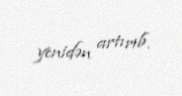
yenidən artırıb.